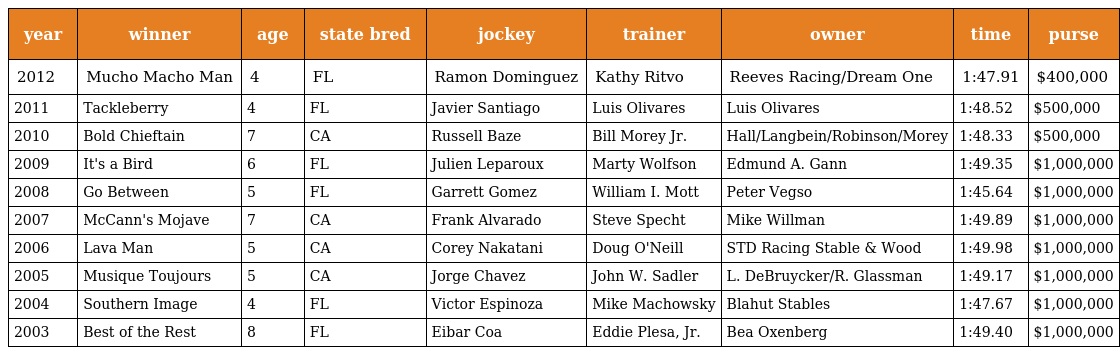
| year | winner | age | state bred | jockey | trainer | owner | time | purse |
 | --- | --- | --- | --- | --- | --- | --- | --- | --- |
 | 2012 | Mucho Macho Man | 4 | FL | Ramon Dominguez | Kathy Ritvo | Reeves Racing/Dream One | 1:47.91 | $400,000 |
 | 2011 | Tackleberry | 4 | FL | Javier Santiago | Luis Olivares | Luis Olivares | 1:48.52 | $500,000 |
 | 2010 | Bold Chieftain | 7 | CA | Russell Baze | Bill Morey Jr. | Hall/Langbein/Robinson/Morey | 1:48.33 | $500,000 |
 | 2009 | It's a Bird | 6 | FL | Julien Leparoux | Marty Wolfson | Edmund A. Gann | 1:49.35 | $1,000,000 |
 | 2008 | Go Between | 5 | FL | Garrett Gomez | William I. Mott | Peter Vegso | 1:45.64 | $1,000,000 |
 | 2007 | McCann's Mojave | 7 | CA | Frank Alvarado | Steve Specht | Mike Willman | 1:49.89 | $1,000,000 |
 | 2006 | Lava Man | 5 | CA | Corey Nakatani | Doug O'Neill | STD Racing Stable & Wood | 1:49.98 | $1,000,000 |
 | 2005 | Musique Toujours | 5 | CA | Jorge Chavez | John W. Sadler | L. DeBruycker/R. Glassman | 1:49.17 | $1,000,000 |
 | 2004 | Southern Image | 4 | FL | Victor Espinoza | Mike Machowsky | Blahut Stables | 1:47.67 | $1,000,000 |
 | 2003 | Best of the Rest | 8 | FL | Eibar Coa | Eddie Plesa, Jr. | Bea Oxenberg | 1:49.40 | $1,000,000 |